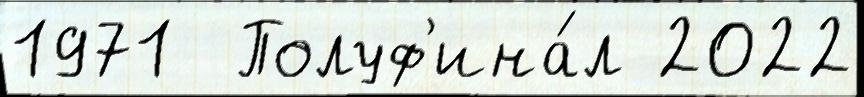
1971  Полуф'ина́л 2022